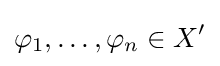
\varphi _{1},\ldots ,\varphi _{n}\in X^{\prime }